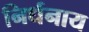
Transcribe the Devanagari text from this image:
निर्धनाय